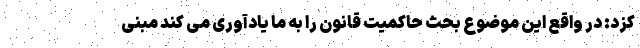
کزد: در واقع این موضوع بحث حاکمیت قانون را به ما یادآوری می کند مبنی